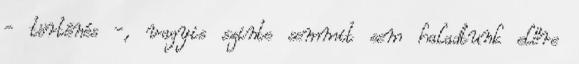
- történés -, vagyis szinte semmit sem haladtunk előre